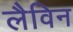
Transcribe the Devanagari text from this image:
लैविन